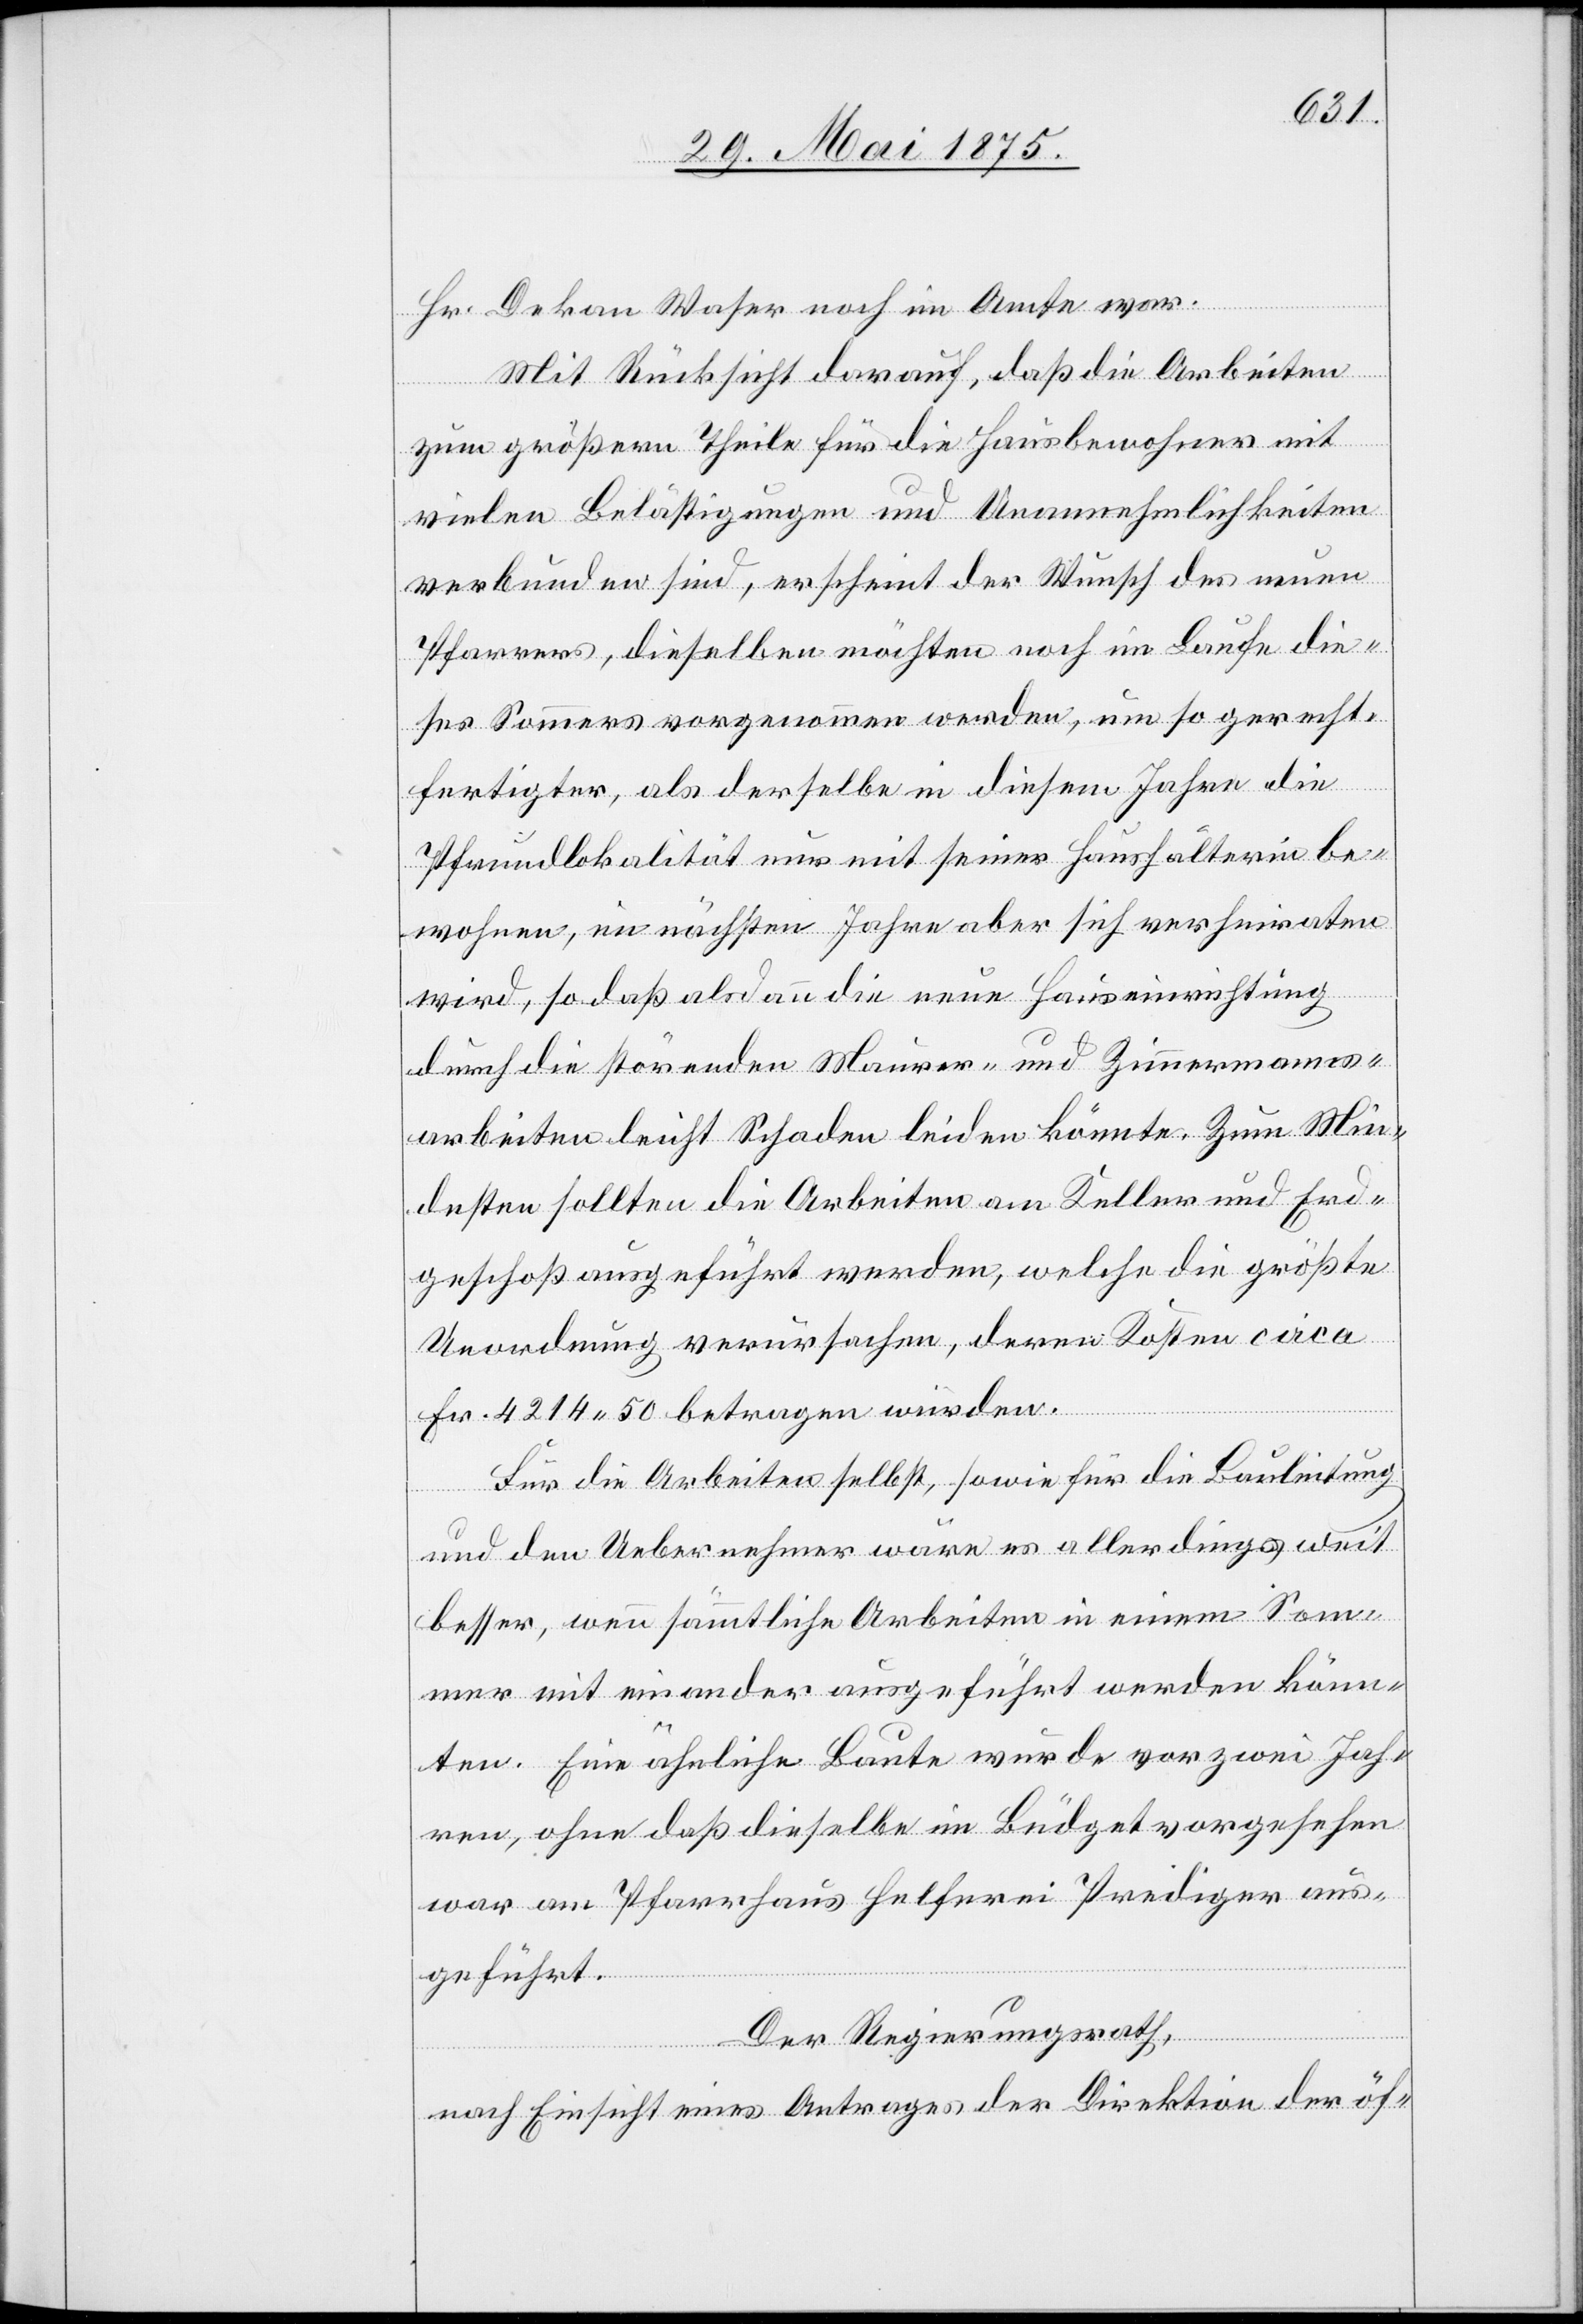
Zimme¬
Hr. Dekan Waser noch im Amte war.
Mit Rücksicht darauf, daß die Arbeiten
zum größern Theile für die Hausbewohner mit
vielen Belästigungen und Unannehmlichkeiten
verbunden sind, erscheint der Wunsch des neuen
Pfarrers, dieselben möchten noch im Laufe die¬
ses Sommers vorgenommen werden, um so gerecht¬
fertigter, als derselbe in diesem Jahre die
Pfrundlokalität nur mit seiner Haushälterin be¬
wohnen, im nächsten Jahre aber sich verheiraten
sarbeiten leicht Schaden leiden könnte. Zum Min¬
desten sollten die Arbeiten am Keller und Erd¬
geschoß ausgeführt werden, welche die größte
Unordnung verursachen, deren Kosten circa
Fr. 4214 50 betragen würden.
Für die Arbeiten selbst, sowie für die Bauleitung
ne¬
und den Uebernehmer wäre es allerdings weit
besser, wenn sämmtliche Arbeiten in einem Som¬
mer mit einander ausgeführt werden könn¬
ten. Eine ähnliche Baute wurde vor zwei Jah¬
ren, ohne daß dieselbe im Büdget vorgesehen
war am Pfarrhaus Helferei Prediger aus¬
geführt.
Der Regierungsrath,
nach Einsicht eines Antrages der Direktion der öf-